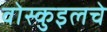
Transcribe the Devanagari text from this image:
वोस्कुइलचे